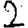
Digit: 2